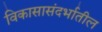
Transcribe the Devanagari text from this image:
विकासासंदर्भातील